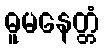
ဓူမနေတ္တံ